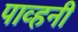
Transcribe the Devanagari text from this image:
पाव्हनी